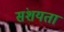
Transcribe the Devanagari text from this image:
संशयता